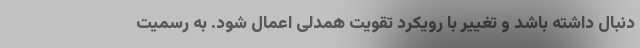
دنبال داشته باشد و تغییر با رویکردِ تقویت همدلی اعمال شود. به رسمیت